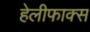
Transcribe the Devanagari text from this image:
हेलीफाक्स